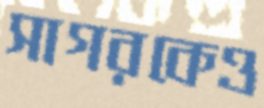
সাগরকেও